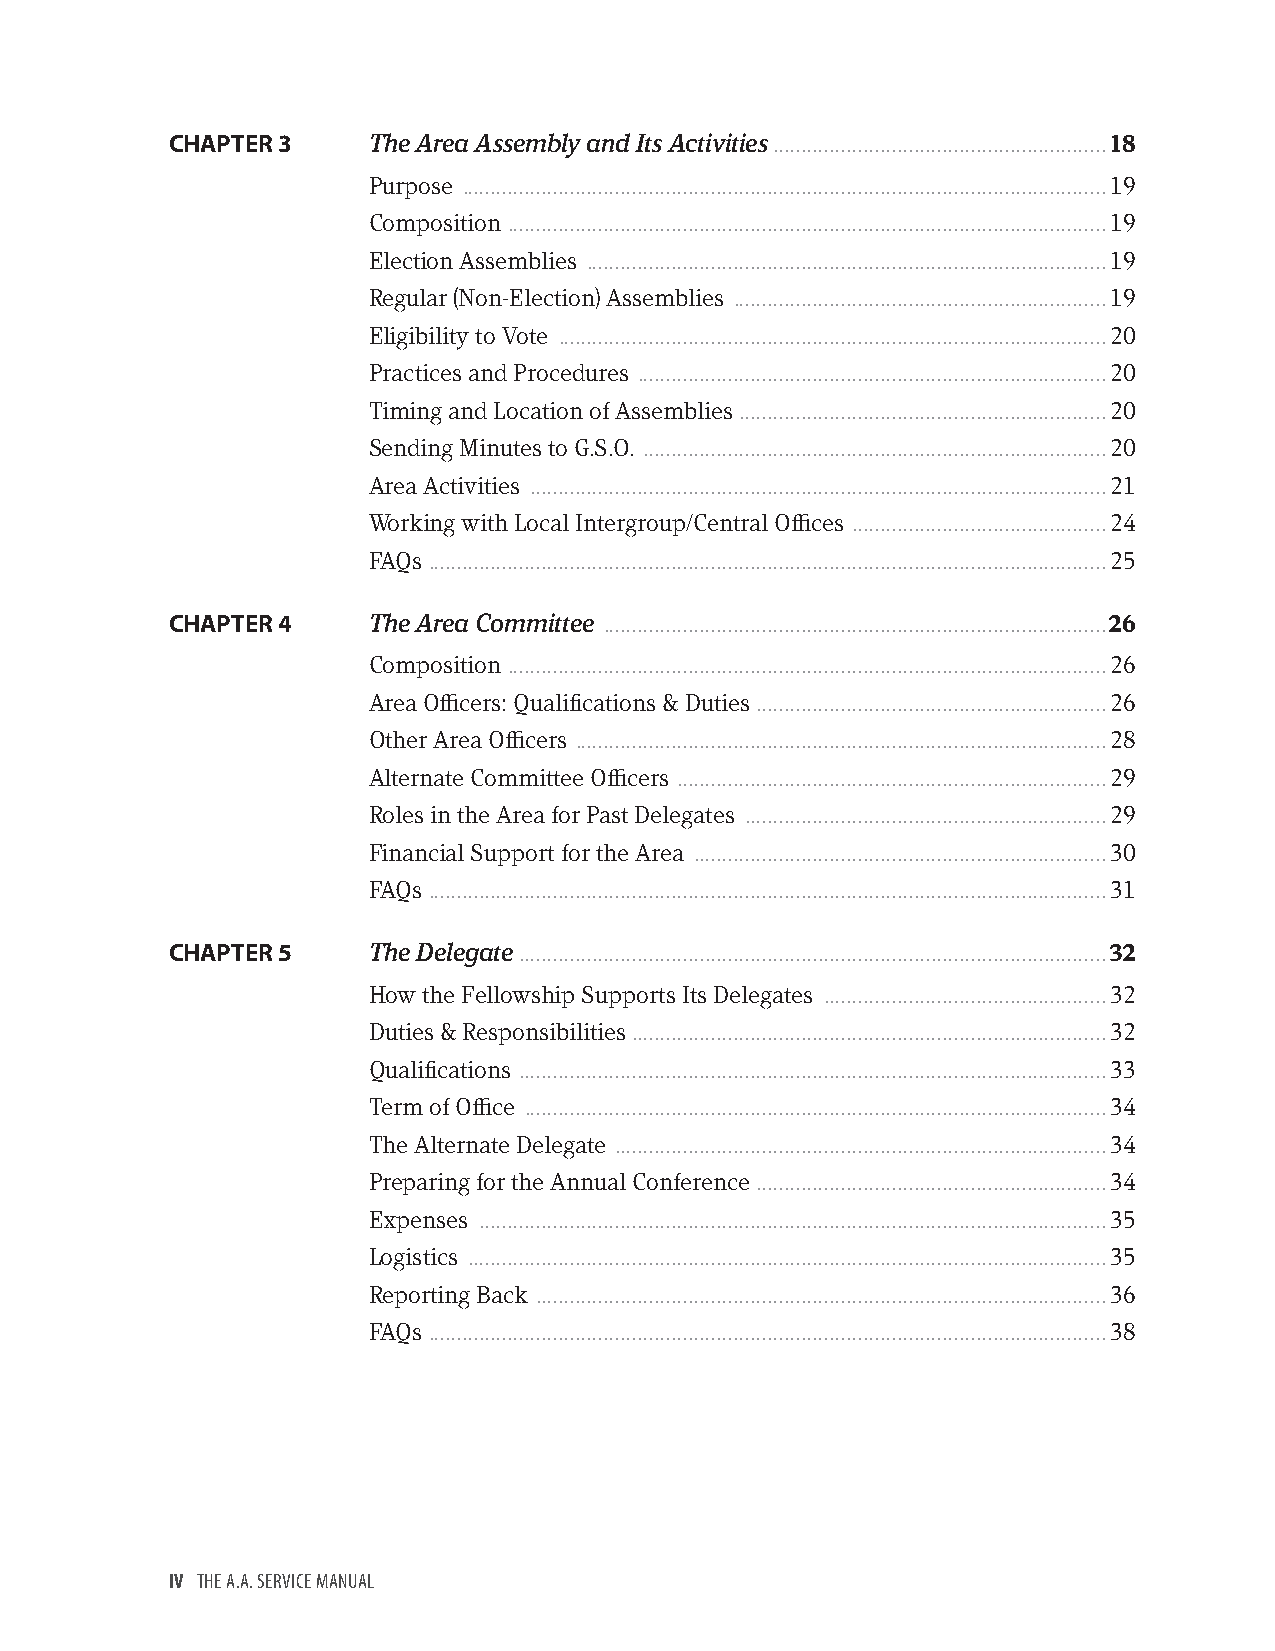
CHAPTER 3    The Area Assembly and Its Activities ...........................................................18
 Purpose ..................................................................................................................19
 Composition ..........................................................................................................19
 Election Assemblies ............................................................................................19
 Regular (Non-Election) Assemblies ..................................................................19
 Eligibility to Vote .................................................................................................20
 Practices and Procedures ...................................................................................20
 Timing and Location of Assemblies .................................................................20
 Sending Minutes to G.S.O. ..................................................................................20
 Area Activities ......................................................................................................21
 Working with Local Intergroup/Central Offices .............................................24
 FAQs ........................................................................................................................25
 CHAPTER 4    The Area Committee .........................................................................................26
 Composition ..........................................................................................................26
 Area Officers: Qualifications & Duties ..............................................................26
 Other Area Officers ..............................................................................................28
 Alternate Committee Officers ............................................................................29
 Roles in the Area for Past Delegates ................................................................29
 Financial Support for the Area .........................................................................30
 FAQs ........................................................................................................................31
 CHAPTER 5    The Delegate ........................................................................................................32
 How the Fellowship Supports Its Delegates ..................................................32
 Duties & Responsibilities ....................................................................................32
 Qualifications ........................................................................................................33
 Term of Office .......................................................................................................34
 The Alternate Delegate .......................................................................................34
 Preparing for the Annual Conference ..............................................................34
 Expenses ...............................................................................................................35
 Logistics .................................................................................................................35
 Reporting Back .....................................................................................................36
 FAQs ........................................................................................................................38
 IV THE A.A. SERVICE MANUAL